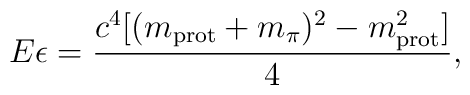
E\epsilon=\frac{c^4[(m_{\rm prot}+m_\pi)^2-m^2_{\rm prot}]}{4},